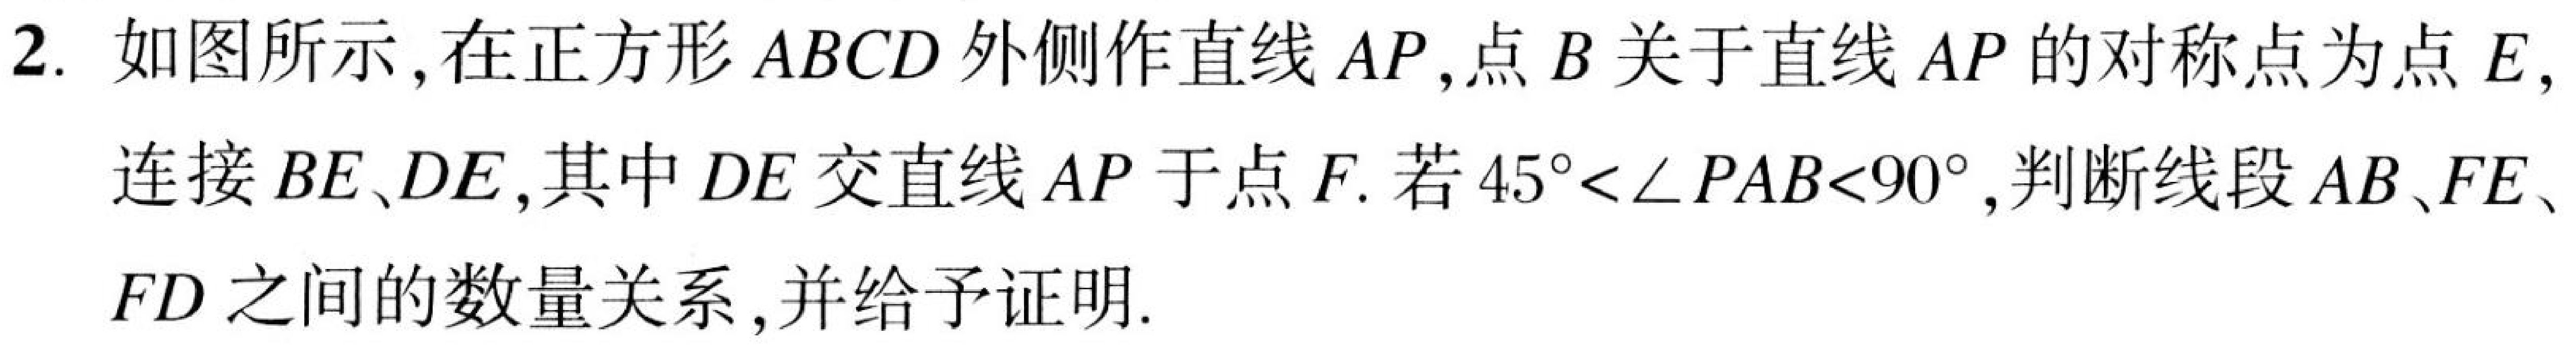
2. 如图所示，在正方形\(ABCD\)外侧作直线\(AP\)，点\(B\)关于直线\(AP\)的对称点为点\(E\)，
连接\(BE、DE\)，其中\(DE\)交直线\(AP\)于点\(F\). 若\(45^{\circ}<\angle PAB<90^{\circ}\)，判断线段\(AB、FE、\)
\(FD\)之间的数量关系，并给予证明.